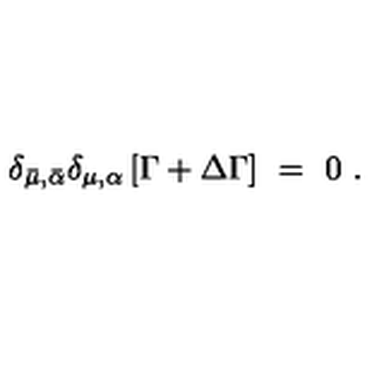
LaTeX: \delta _ { \bar { \mu } , \bar { \alpha } } \delta _ { \mu , \alpha } \left[ \Gamma + \Delta \Gamma \right] \ = \ 0 \ .